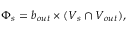
\Phi _ { s } = b _ { o u t } \times ( V _ { s } \cap V _ { o u t } ) ,